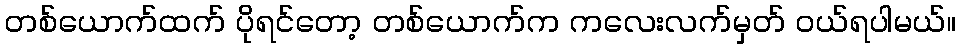
တစ်ယောက်ထက် ပိုရင်တော့ တစ်ယောက်က ကလေးလက်မှတ် ဝယ်ရပါမယ်။